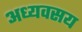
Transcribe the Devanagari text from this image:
अध्यवसय